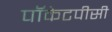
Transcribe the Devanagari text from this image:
पॉकेटपीसी